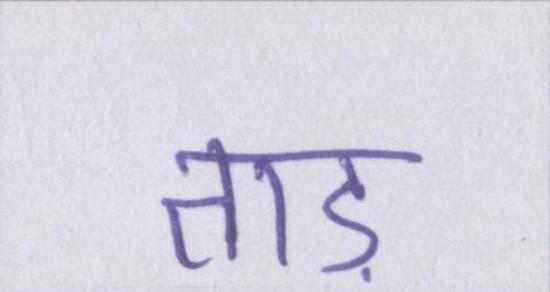
ताड़